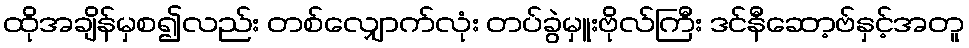
ထိုအချိန်မှစ၍လည်း တစ်လျှောက်လုံး တပ်ခွဲမှူးဗိုလ်ကြီး ဒင်နီဆော့ဗ်နှင့်အတူ